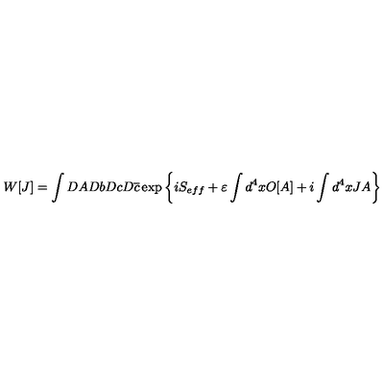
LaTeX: W [ J ] = \int D A D b D c D \overline { { c } } \exp \left\{ i S _ { e f f } + \varepsilon \int d ^ { 4 } x O [ A ] + i \int d ^ { 4 } x J A \right\}